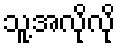
သူ့အလိုလို